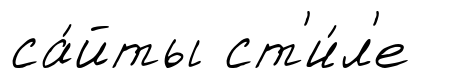
са́йты ст'и́л'е